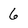
Character: 6